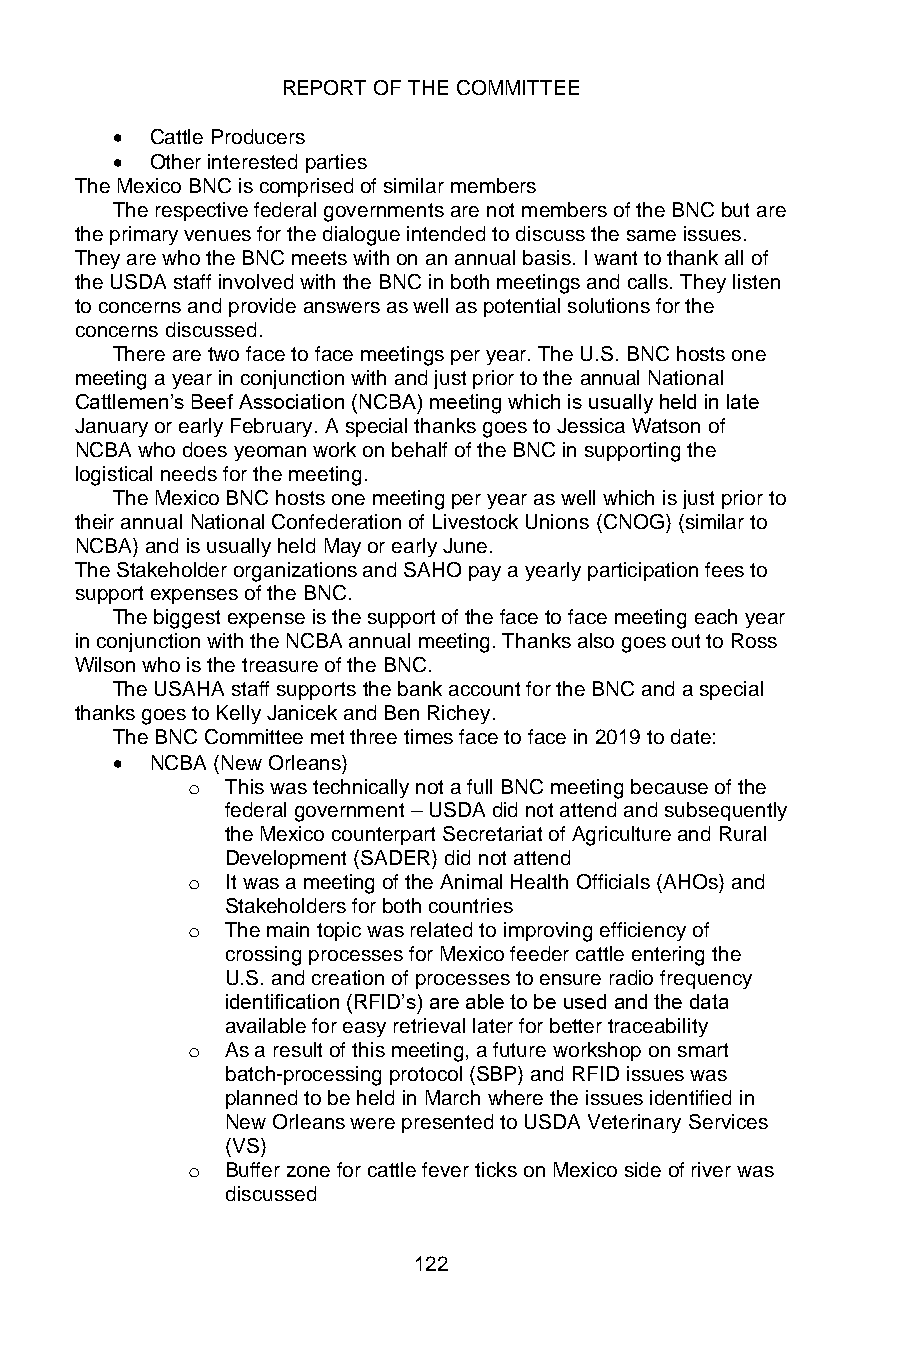
REPORT OF THE COMMITTEE
 •  Cattle Producers
 •  Other interested parties
 The Mexico BNC is comprised of similar members
 The respective federal governments are not members of the BNC but are
 the primary venues for the dialogue intended to discuss the same issues.
 They are who the BNC meets with on an annual basis. I want to thank all of
 the USDA staff involved with the BNC in both meetings and calls. They listen
 to concerns and provide answers as well as potential solutions for the
 concerns discussed.
 There are two face to face meetings per year. The U.S. BNC hosts one
 meeting a year in conjunction with and just prior to the annual National
 Cattlemen’s Beef Association (NCBA) meeting which is usually held in late
 January or early February. A special thanks goes to Jessica Watson of
 NCBA who does yeoman work on behalf of the BNC in supporting the
 logistical needs for the meeting.
 The Mexico BNC hosts one meeting per year as well which is just prior to
 their annual National Confederation of Livestock Unions (CNOG) (similar to
 NCBA) and is usually held May or early June.
 The Stakeholder organizations and SAHO pay a yearly participation fees to
 support expenses of the BNC.
 The biggest expense is the support of the face to face meeting each year
 in conjunction with the NCBA annual meeting. Thanks also goes out to Ross
 Wilson who is the treasure of the BNC.
 The USAHA staff supports the bank account for the BNC and a special
 thanks goes to Kelly Janicek and Ben Richey.
 The BNC Committee met three times face to face in 2019 to date:
 •  NCBA (New Orleans)
 o  This was technically not a full BNC meeting because of the
 federal government – USDA did not attend and subsequently
 the Mexico counterpart Secretariat of Agriculture and Rural
 Development (SADER) did not attend
 o  It was a meeting of the Animal Health Officials (AHOs) and
 Stakeholders for both countries
 o  The main topic was related to improving efficiency of
 crossing processes for Mexico feeder cattle entering the
 U.S. and creation of processes to ensure radio frequency
 identification (RFID’s) are able to be used and the data
 available for easy retrieval later for better traceability
 o  As a result of this meeting, a future workshop on smart
 batch-processing protocol (SBP) and RFID issues was
 planned to be held in March where the issues identified in
 New Orleans were presented to USDA Veterinary Services
 (VS)
 o  Buffer zone for cattle fever ticks on Mexico side of river was
 discussed
 122